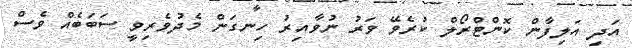
އަދި އަލިފާން ކޮންޓްރޯލް ކުރެވޭ ވަރު ނުވާއިރު ހިނގަން މެދުވެރިވީ ސަބަބެއް ވެސް